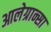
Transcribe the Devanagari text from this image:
आलेग्रान्सा